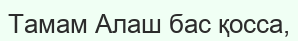
Тамам Алаш бас қосса,